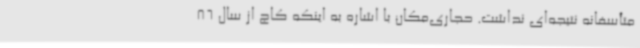
متأسفانه نتیجه‌ای نداشت. حجاری‌مکان با اشاره به اینکه کاج از سال 86